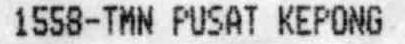
1558-TMN PUSAT KEPONG